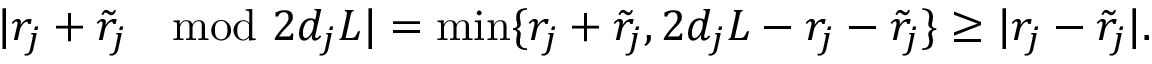
\begin{array} { r } { | r _ { j } + \tilde { r } _ { j } \mod 2 d _ { j } L | = \operatorname* { m i n } \{ r _ { j } + \tilde { r } _ { j } , 2 d _ { j } L - r _ { j } - \tilde { r } _ { j } \} \geq | r _ { j } - \tilde { r } _ { j } | . } \end{array}